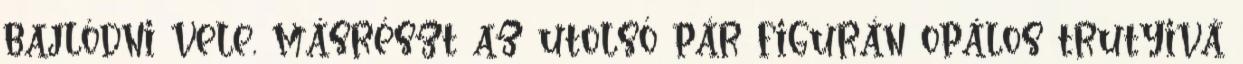
bajlódni vele, másrészt az utolsó pár figurán opálos trutyivá